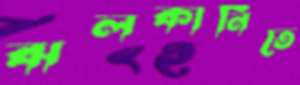
ঝলকানিতে